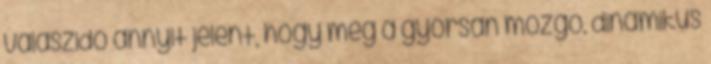
válaszidő annyit jelent, hogy még a gyorsan mozgó, dinamikus